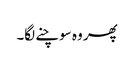
پھر وہ سوچنے لگا۔